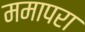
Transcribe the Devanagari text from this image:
ममापरा